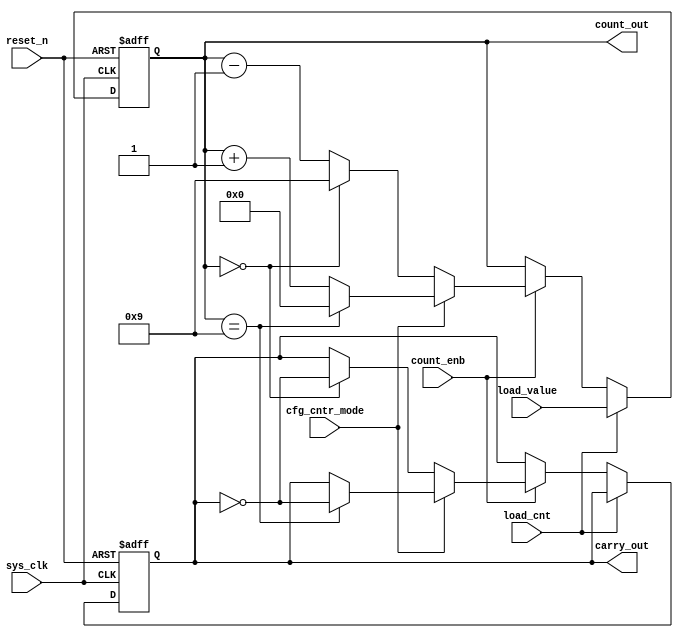
module dec_ctr(sys_clk,cfg_cntr_mode,count_enb,reset_n,load_cnt,load_value,count_out,carry_out);
   output [3:0]count_out;
   input [3:0]load_value;
   input sys_clk,cfg_cntr_mode,reset_n,count_enb,load_cnt;
   output carry_out;
   reg [3:0]count_out;
   reg carry_out;
  initial
    begin
      carry_out = 0;
      count_out = 4'h0; 
   end
  always @(posedge sys_clk,negedge reset_n)
  begin
   if (reset_n == 1 )
    begin
     if (load_cnt == 1)
         count_out = load_value;
       else if (count_enb ==1)
         begin
           if (cfg_cntr_mode == 1)
             begin
               if (count_out == 4'b1001)
                 begin
                   count_out = 4'b0000;
                   carry_out = ~carry_out;
                 end
               else
                  count_out = count_out + 4'b0001;
             end
           else
              begin
                if (count_out == 4'b0000)
                  begin
                   count_out = 4'b1001;
                   carry_out = ~carry_out;
                  end
                else
                  count_out = count_out - 4'b0001;
              end
         end
     
    end
   else
    begin
     count_out = 4'b0000;
     carry_out = 0;
    end
  end
endmodule